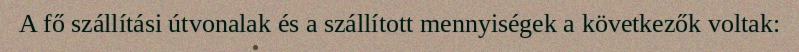
A fő szállítási útvonalak és a szállított mennyiségek a következők voltak: